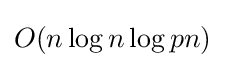
O(n\log n\log pn)